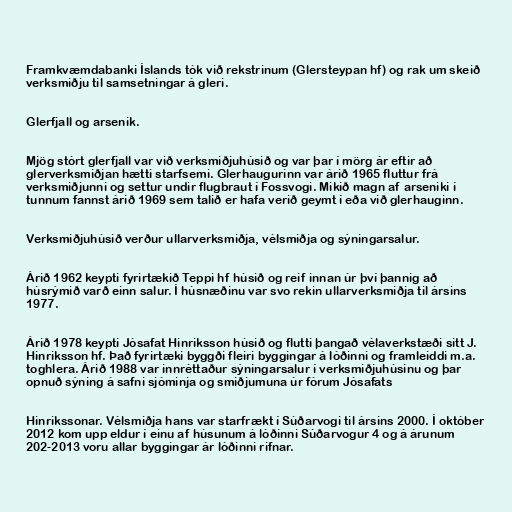
Framkvæmdabanki Íslands tók við rekstrinum (Glersteypan hf) og rak um skeið
verksmiðju til samsetningar á gleri.

Glerfjall og arsenik.

Mjög stórt glerfjall var við verksmiðjuhúsið og var þar í mörg ár eftir að
glerverksmiðjan hætti starfsemi. Glerhaugurinn var árið 1965 fluttur frá
verksmiðjunni og settur undir flugbraut í Fossvogi. Mikið magn af arseniki í
tunnum fannst árið 1969 sem talið er hafa verið geymt í eða við glerhauginn.

Verksmiðjuhúsið verður ullarverksmiðja, vélsmiðja og sýningarsalur.

Árið 1962 keypti fyrirtækið Teppi hf húsið og reif innan úr því þannig að
húsrýmið varð einn salur. Í húsnæðinu var svo rekin ullarverksmiðja til ársins
1977.

Árið 1978 keypti Jósafat Hinriksson húsið og flutti þangað vélaverkstæði sitt J.
Hinriksson hf. Það fyrirtæki byggði fleiri byggingar á lóðinni og framleiddi m.a.
toghlera. Árið 1988 var innréttaður sýningarsalur í verksmiðjuhúsinu og þar
opnuð sýning á safni sjóminja og smiðjumuna úr fórum Jósafats

Hinrikssonar. Vélsmiðja hans var starfrækt í Súðarvogi til ársins 2000. Í október
2012 kom upp eldur í einu af húsunum á lóðinni Súðarvogur 4 og á árunum
202-2013 voru allar byggingar ár lóðinni rifnar.